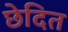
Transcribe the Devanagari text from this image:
छेदित